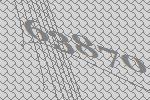
63870